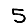
Digit: 5